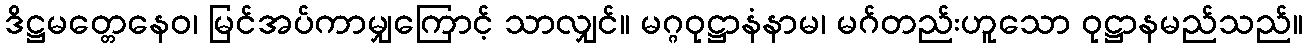
ဒိဋ္ဌမတ္တေနေဝ၊ မြင်အပ်ကာမျှကြောင့် သာလျှင်။ မဂ္ဂဝုဋ္ဌာနံနာမ၊ မဂ်တည်းဟူသော ဝုဋ္ဌာနမည်သည်။